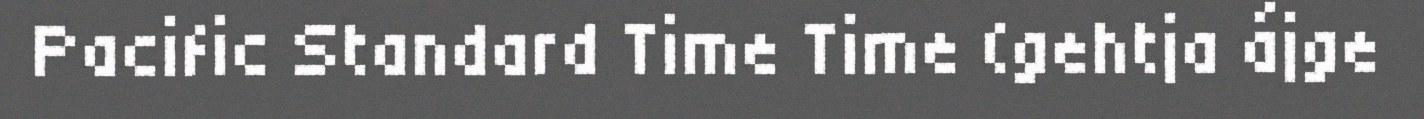
Pacific Standard Time Time (gehtja ájge